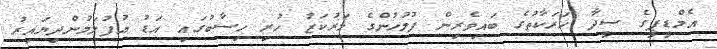
އެމްޑީޕީގެ ސީދާ ހަރަކާތުގެ ބައިވެރިން ފުލުހުންގެ މަރުކަޒު ހުރި ހިސާބުގައި އަޑު އުފުލަމުންދިޔައިރު